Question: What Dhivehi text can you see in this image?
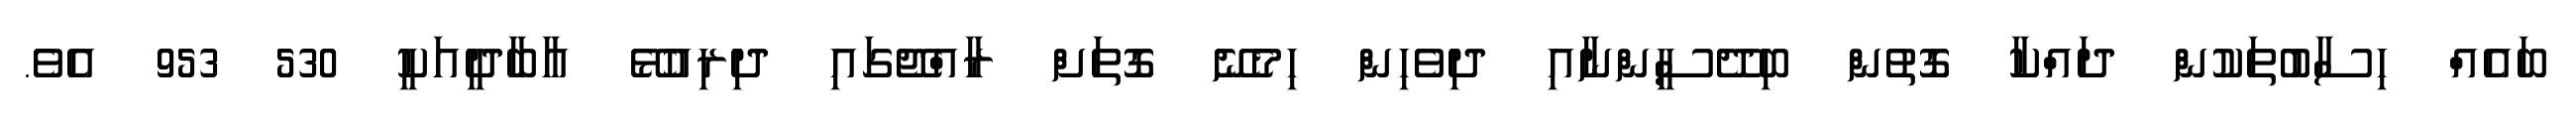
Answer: ބައެއް ހިސާބުތަކުން ދައްކާ ގޮތުން ބިދޭސީންނާއި ދިވެހިން ހިމެނޭ ގޮތަށް ރާއްޖޭގައި ދިރިއުޅޭ އާބާދީއަކީ 530 953 އެވެ.